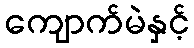
ကျောက်မဲနှင့်